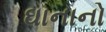
ઘાનાનો